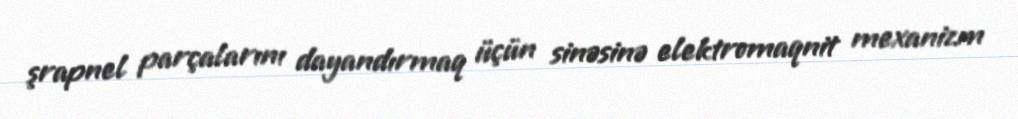
şrapnel parçalarını dayandırmaq üçün sinəsinə elektromaqnit mexanizm